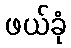
ဖယ်ခုံ